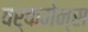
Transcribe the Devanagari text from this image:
वर्कमेन्स